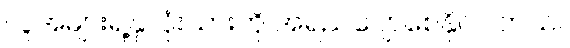
လူအများရဲ့နှလုံးသားကို အရည်ပျော်စေနိုင်ပါတယ်။